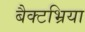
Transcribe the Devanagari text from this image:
बैक्टभ्रिया